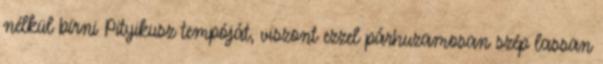
nélkül bírni Pityikusz tempóját, viszont ezzel párhuzamosan szép lassan